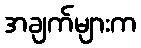
အချက်များက